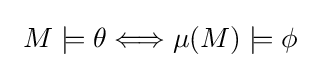
~M\models \theta \Longleftrightarrow \mu (M)\models \phi